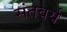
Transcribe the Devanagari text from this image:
संतवर्य